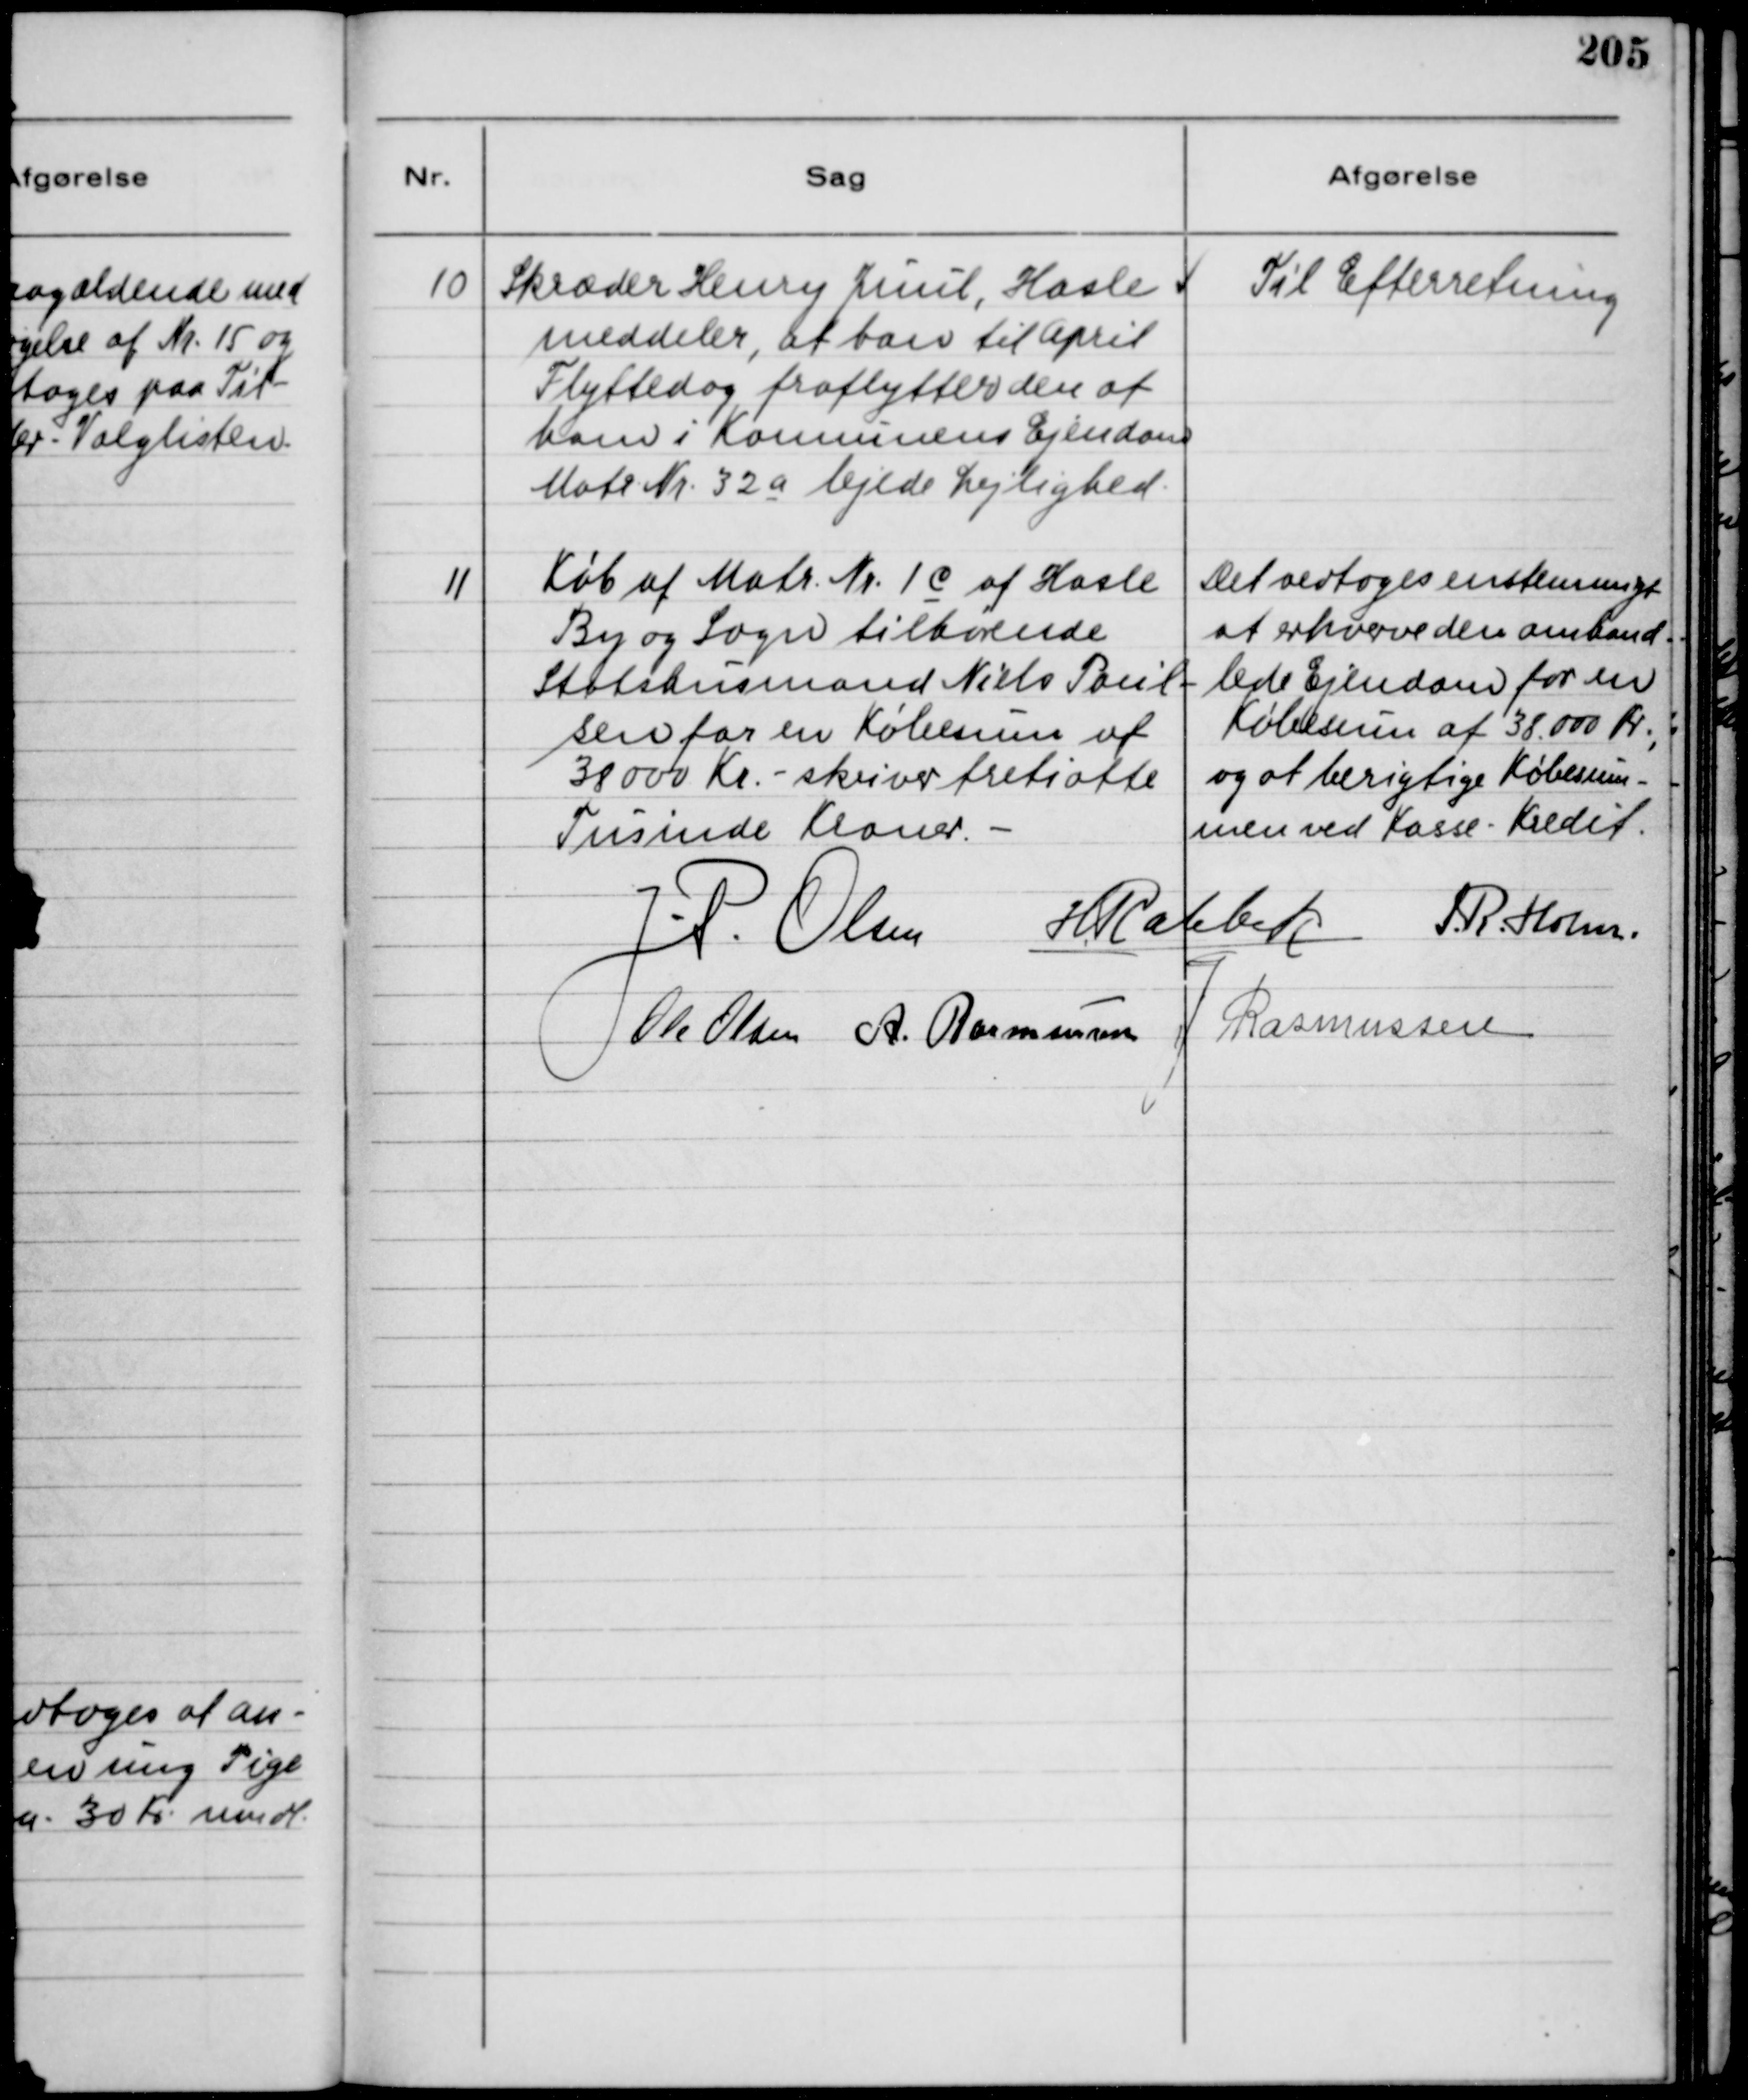
Transskription:
10
Skræder Henry Juul, Hasle
meddeler, at han til April
Flyttedag fraflytter den af
ham i Konnunens Ejendom
Matr. Nr. 32 a lejede Lejlighed.

Til Efterretning

11
Køb af Matr. Nr. 1 c af Hasle
By og Sogn tilhørende.
Statshusmand Niels Poul-
sen for en Købesum af
38000 Kr. - skriver tretiotte
Tusinde Kroner. -

Det vedtoges enstemmigt
at erhvere den omhand-
lede Ejendom for en
Købesum af 38.000 Kr.,
og at berigtige Købesum-
men ved Kasse - Kredit.

J. P. Olsen
H. Rabbek
S. R. Holm.
Ole Olsen
A. Rasmussen
J. Rasmussen